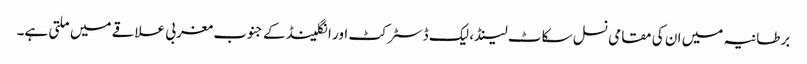
برطانیہ میں ان کی مقامی نسل سکاٹ لینڈ، لیک ڈسٹرکٹ اور انگلینڈ کے جنوب مغربی علاقے میں ملتی ہے۔